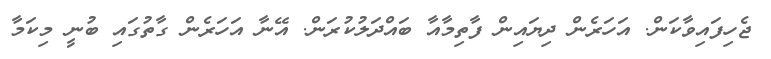
ޖެހިފައިވާކަން. އަހަރެން ދިޔައިން ފާތިމާއާ ބައްދަލުކުރަން. އޭނާ އަހަރެން ގާތުގައި ބުނީ މިކަމާ